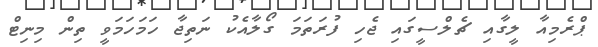
ޕްރެމިއާ ލީގާއި ޗެލްސީގައި ޖެހި ފުރަތަމަ ގޯލާއެކު ނަތިޖާ ހަމަހަމަވީ ތިން މިނިޓް